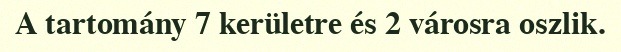
A tartomány 7 kerületre és 2 városra oszlik.